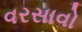
વરસાવો